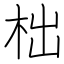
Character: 柮